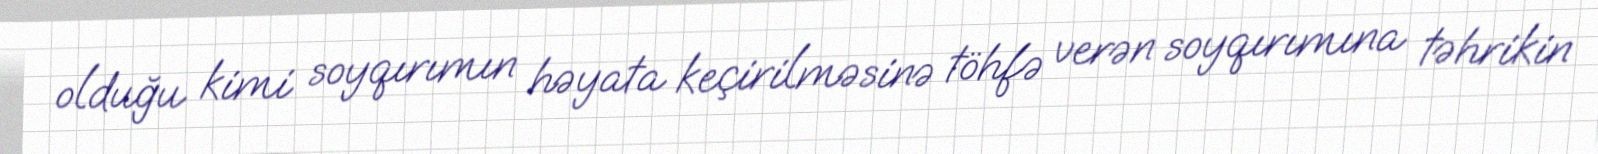
olduğu kimi soyqırımın həyata keçirilməsinə töhfə verən soyqırımına təhrikin